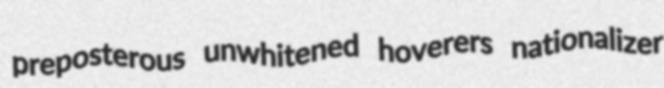
preposterous unwhitened hoverers nationalizer